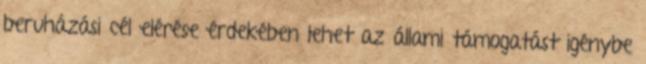
beruházási cél elérése érdekében lehet az állami támogatást igénybe